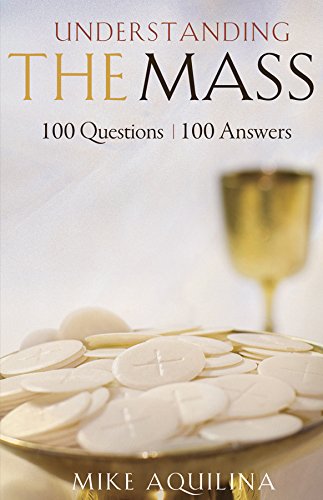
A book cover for Understanding the Mass: 100 Questions, 100 Answers; Mike Aquilina; Christian Books & Bibles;